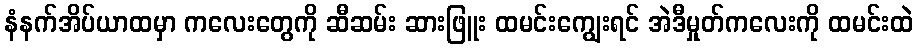
နံနက်အိပ်ယာထမှာ ကလေးတွေကို ဆီဆမ်း ဆားဖြူး ထမင်းကျွေးရင် အဲဒီမှုတ်ကလေးကို ထမင်းထဲ